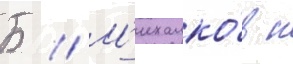
Б // М'ихалко́в н